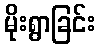
မိုးရွာခြင်း